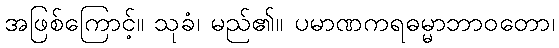
အဖြစ်ကြောင့်။ သုခံ၊ မည်၏။ ပမာဏကရဓမ္မာဘာဝတော၊